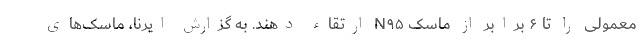
معمولی را تا ۶ برابر از ماسک N۹۵ ارتقاء دهند. به گزارش ایرنا، ماسک‌های